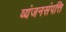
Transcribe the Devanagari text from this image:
व्यंजनसंपत्ति